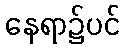
နေရာ၌ပင်